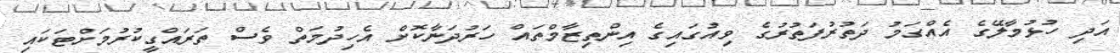
އަދި ހުޅުމާލޭގެ އެއްގަމު ދަތުރުފަތުރުގެ ވިއުގައިގެ އިންތިޒާމްތައް ހަރުދަނާކޮށް އެހިދުމަތް ވެސް ތަރައްގީކުރުމަށްޓަކައި